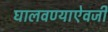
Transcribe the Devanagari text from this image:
घालवण्याऐवजी